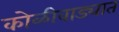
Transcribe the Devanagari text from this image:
कोळीवाड्यात